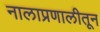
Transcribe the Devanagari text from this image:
नालाप्रणालीतून